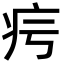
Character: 疞